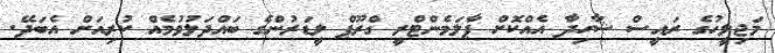
މަޖިލީހުގެ ރައީސް ޝާހިދާ އެއްކޮށް ޕާލަމެންޓްރީ ގްރޫޕް ލީޑަރުންގެ ބައްދަލުވުމެއް ކުރިއަށް އެބަދޭ.